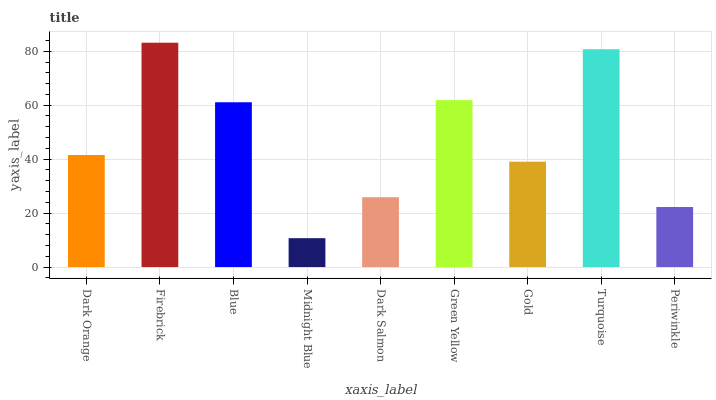
| xaxis_label | bars |
 | --- | --- |
 | Dark Orange | 41.5 |
 | Firebrick | 83.2 |
 | Blue | 61.1 |
 | Midnight Blue | 10.7 |
 | Dark Salmon | 25.9 |
 | Green Yellow | 61.9 |
 | Gold | 39.1 |
 | Turquoise | 80.7 |
 | Periwinkle | 22.3 |